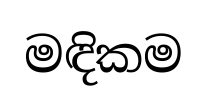
මඳිකම